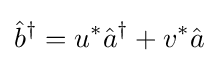
{\hat {b}}^{\dagger }=u^{*}{\hat {a}}^{\dagger }+v^{*}{\hat {a}}